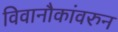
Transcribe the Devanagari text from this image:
विवानौकांवरुन